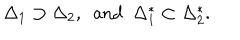
LaTeX: \Delta _ { 1 } \supset \Delta _ { 2 } , \ \ \mathrm { a n d } \ \ \Delta _ { 1 } ^ { * } \subset \Delta _ { 2 } ^ { * } .